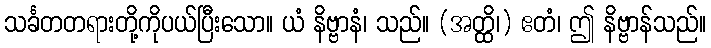
သင်္ခတတရားတို့ကိုပယ်ပြီးသော။ ယံ နိဗ္ဗာနံ၊ သည်။ (အတ္ထိ၊) ဧတံ၊ ဤ နိဗ္ဗာန်သည်။